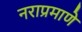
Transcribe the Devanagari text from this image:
नराप्रमाणे